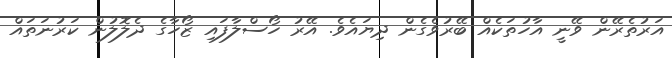
އަރުތެރޭން ވޭނީ އާހުތަކެއް ބޭރުވެގެން ދިޔައެވެ. އޭރު ހޯސްލާފައި ޒޯހާގެ ދެލޮލުން ކަރުނަތައް